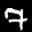
Label: 7